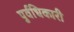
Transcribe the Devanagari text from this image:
पुर्वधिकारी